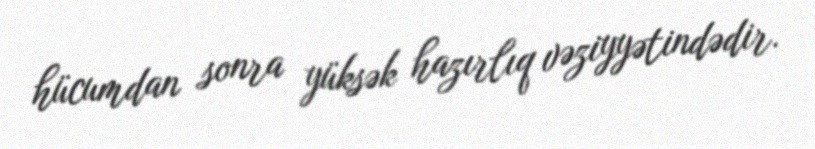
hücumdan sonra yüksək hazırlıq vəziyyətindədir.